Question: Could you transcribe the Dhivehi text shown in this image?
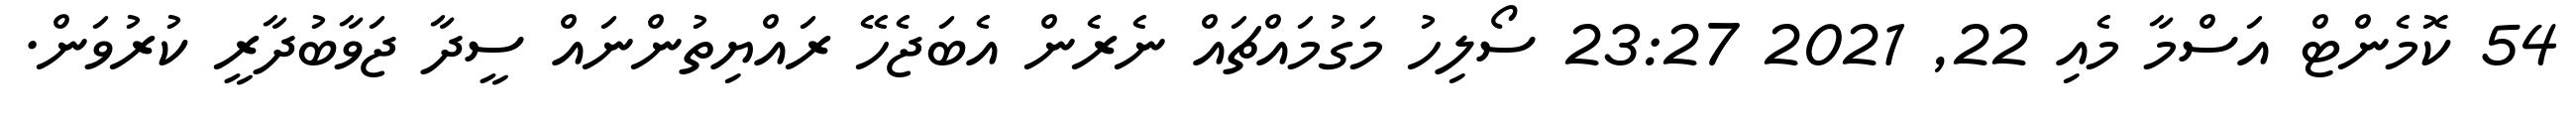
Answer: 54 ކޮމެންޓް އަސްމާ މެއި 22, 2021 23:27 ސޯލިހު މަގުމައްޗައް ނެރެން އެބަޖެހޭ ރައްޔިތުންނައް ސީދާ ޖަވާބުދާރީ ކުރުވަން.